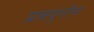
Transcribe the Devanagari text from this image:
प्रत्नयुगीन